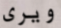
ويرى